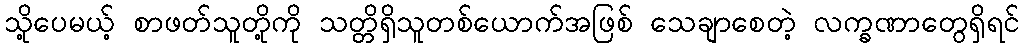
သို့ပေမယ့် စာဖတ်သူတို့ကို သတ္တိရှိသူတစ်ယောက်အဖြစ် သေချာစေတဲ့ လက္ခဏာတွေရှိရင်